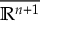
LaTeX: \overline { { \mathbb { R } ^ { n + 1 } } }